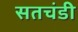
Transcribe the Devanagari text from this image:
सतचंडी